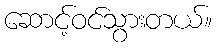
ဆောင့်ဝင်သွားတယ်။